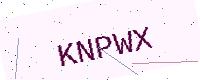
Text: KNPWX